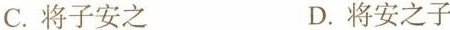
C.将子安之 D.将安之子